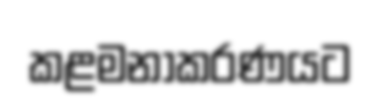
කළමනාකරණයට